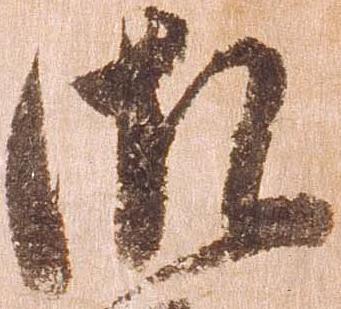
御